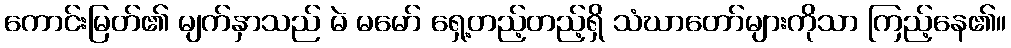
ကောင်းမြတ်၏ မျက်နှာသည် မဲ မမော် ရှေ့တည့်တည့်ရှိ သံဃာတော်များကိုသာ ကြည့်နေ၏။